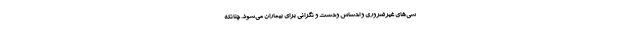
سی‌های غیرضروری و احساس وحشت و نگرانی برای بیماران می‌شود. چنانکه